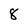
Character: 8